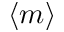
\langle m \rangle